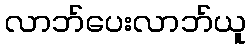
လာဘ်ပေးလာဘ်ယူ